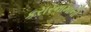
કરારનામાની